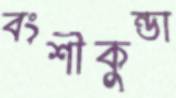
বংশীকুন্ডা